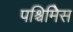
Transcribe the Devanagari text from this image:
पश्चिमिेस